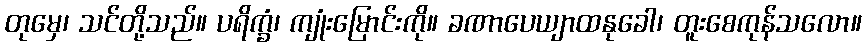
တုမှေ၊ သင်တို့သည်။ ပရိက္ခံ၊ ကျုံးမြောင်းကို။ ခဏာပေယျာထနုခေါ၊ တူးစေကုန်သလော။